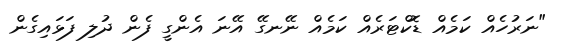
"ނަރުހެއް ކަމެއް ޑޮކްޓަރެއް ކަމެއް ނޭނގޭ އޭނަ އެންގީ ފެން ދުލި ފަޅައިގެން